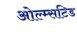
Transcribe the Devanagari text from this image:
ओल्म्सटिड